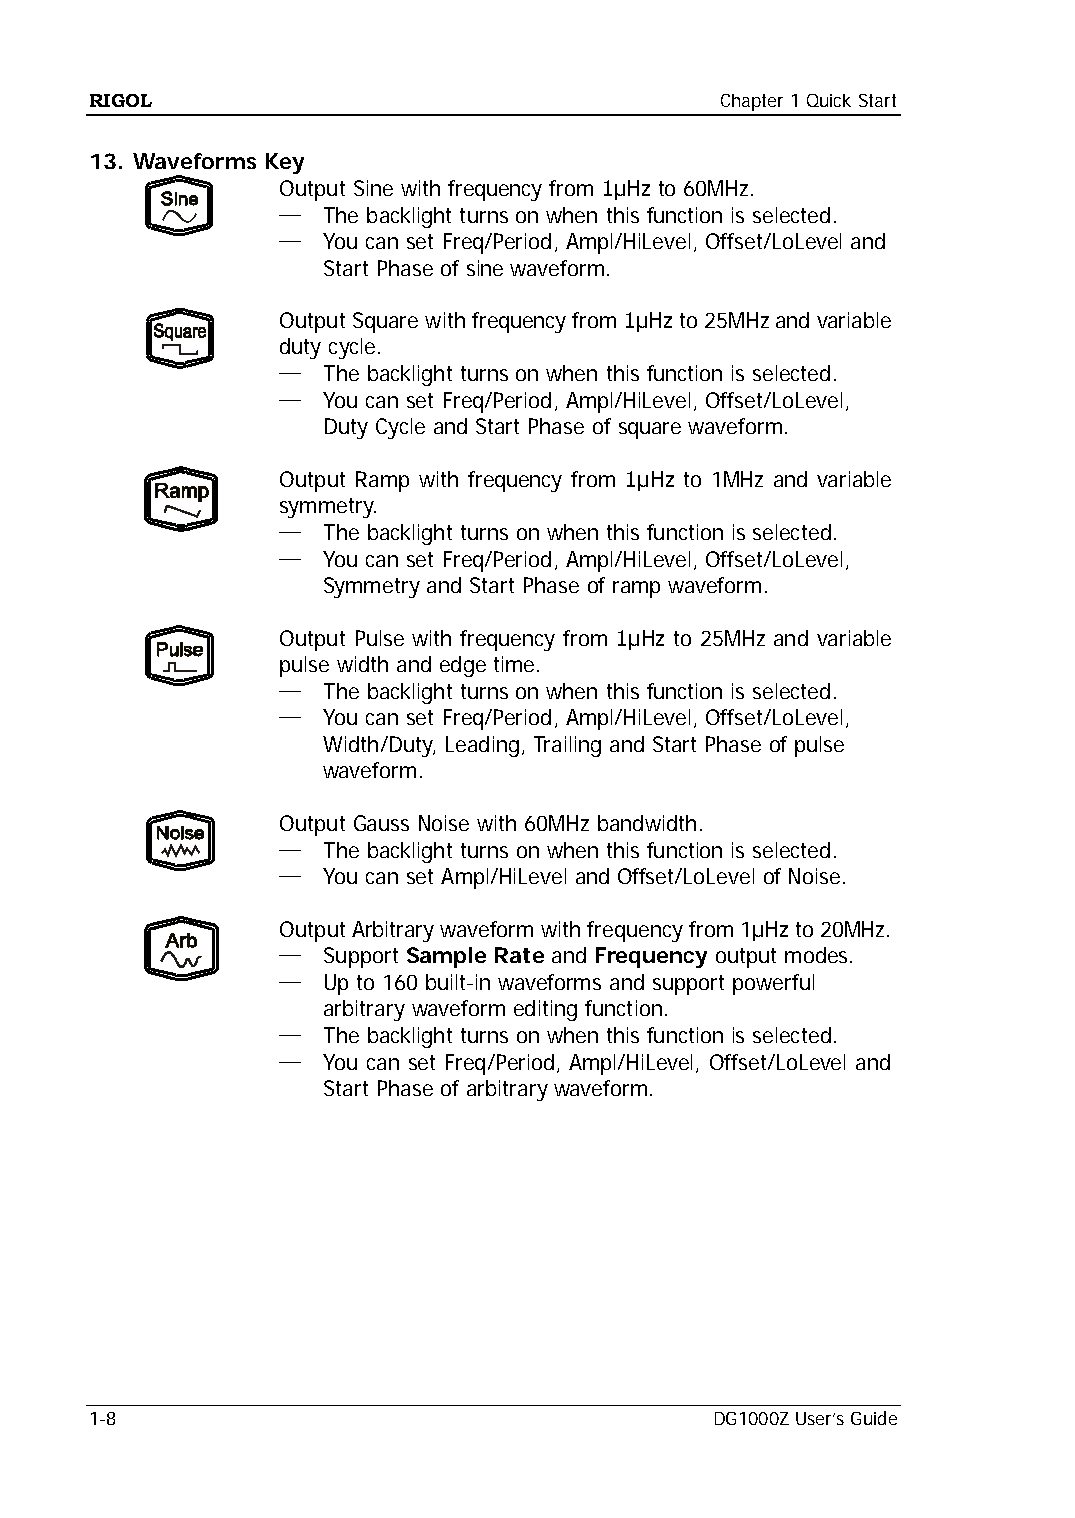
RIGOL                                     Chapter 1 Quick Start
 13. Waveforms Key
 Output Sine with frequency from 1μHz to 60MHz.
 —  The backlight turns on when this function is selected.
 —  You can set Freq/Period, Ampl/HiLevel, Offset/LoLevel and
 Start Phase of sine waveform.
 Output Square with frequency from 1μHz to 25MHz and variable
 duty cycle.
 —  The backlight turns on when this function is selected.
 —  You can set Freq/Period, Ampl/HiLevel, Offset/LoLevel,
 Duty Cycle and Start Phase of square waveform.
 Output Ramp with frequency from 1μHz to 1MHz and variable
 symmetry.
 —  The backlight turns on when this function is selected.
 —  You can set Freq/Period, Ampl/HiLevel, Offset/LoLevel,
 Symmetry and Start Phase of ramp waveform.
 Output Pulse with frequency from 1μHz to 25MHz and variable
 pulse width and edge time.
 —  The backlight turns on when this function is selected.
 —  You can set Freq/Period, Ampl/HiLevel, Offset/LoLevel,
 Width/Duty, Leading, Trailing and Start Phase of pulse
 waveform.
 Output Gauss Noise with 60MHz bandwidth.
 —  The backlight turns on when this function is selected.
 —  You can set Ampl/HiLevel and Offset/LoLevel of Noise.
 Output Arbitrary waveform with frequency from 1μHz to 20MHz.
 —  Support Sample Rate and Frequency output modes.
 —  Up to 160 built-in waveforms and support powerful
 arbitrary waveform editing function.
 —  The backlight turns on when this function is selected.
 —  You can set Freq/Period, Ampl/HiLevel, Offset/LoLevel and
 Start Phase of arbitrary waveform.
 1-8                                      DG1000Z User’s Guide